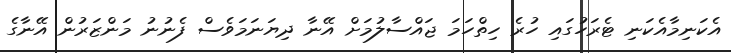
އެކަނިމާއެކަނި ޓެރަހުގައި ހުރެ ހިތްހަމަ ޖައްސާލުމަށް އޭނާ ދިޔަނަމަވެސް ފެނުނު މަންޒަރުން އޭނާގެ